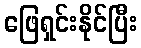
ဖြေရှင်းနိုင်ပြီး